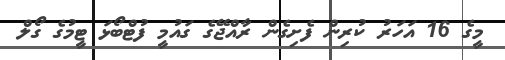
މީގެ 16 އަހަރު ކުރިން ފެށިގެން ރާއްޖޭގެ ގައުމީ ފުޓްބޯޅަ ޓީމުގެ ގޯލް